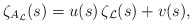
\begin{align*}\zeta_{A_{\mathcal{L}}}(s)=u(s)\,\zeta_{\mathcal{L}}(s)+v(s),\end{align*}